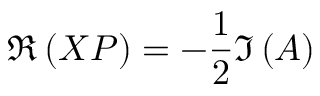
\Re \left( X P \right) = - \frac { 1 } { 2 } \Im \left( A \right)